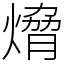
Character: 熁